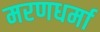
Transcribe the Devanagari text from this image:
मरणधर्मा